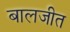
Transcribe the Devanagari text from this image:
बालजीत